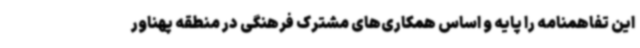
این تفاهمنامه را پایه و اساس همکاری‌های مشترک فرهنگی در منطقه پهناور